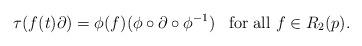
LaTeX: \begin{align*}\tau(f(t)\partial)=\phi(f)(\phi\circ\partial\circ \phi^{-1})\enspace \mbox{ for all } f \in R_2(p).\end{align*}